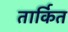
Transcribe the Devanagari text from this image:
तार्कित